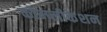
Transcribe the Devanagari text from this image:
कॉम्प्लीकेशन